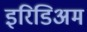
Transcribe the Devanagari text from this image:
इरिडिअम